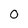
Character: 0